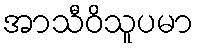
အာသီဝိသူပမာ